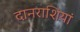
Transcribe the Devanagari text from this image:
दानराशियां